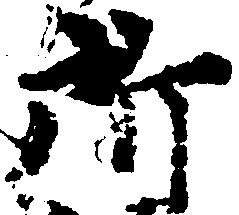
所